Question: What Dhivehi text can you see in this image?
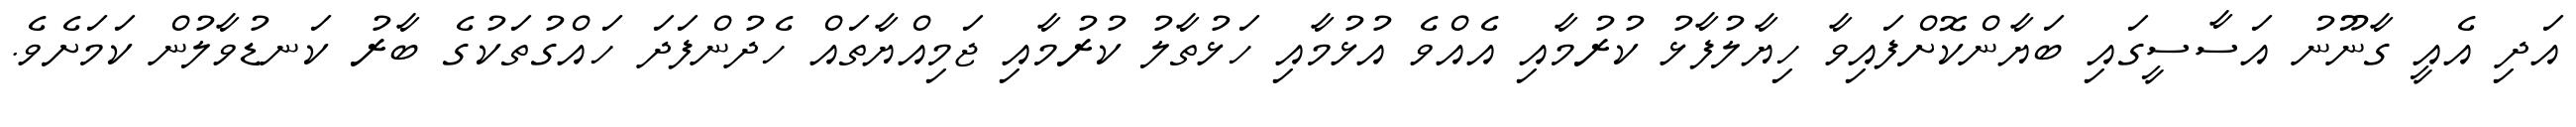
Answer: އަދި އެއީ ގާނޫނު އަސާސީގައި ބަޔާންކޮށްފައިވާ ހިޔާލުފާޅު ކުރުމާއި އެއްވެ އުޅުމާއި ހަޅުތާލު ކުރުމާއި ޖަމިއްޔާތައް ހެދުންފަދަ ހައްގުތަކުގެ ބާރު ކަނޑުވާލުން ކަމަށެވެ.